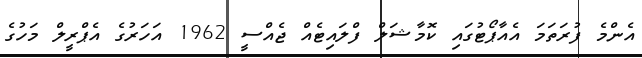
އެންމެ ފުރަތަމަ އެއާޕޯޓުގައި ކޮމާޝަލް ފްލައިޓެއް ޖެއްސީ 1962 އަހަރުގެ އެޕްރީލް މަހުގެ